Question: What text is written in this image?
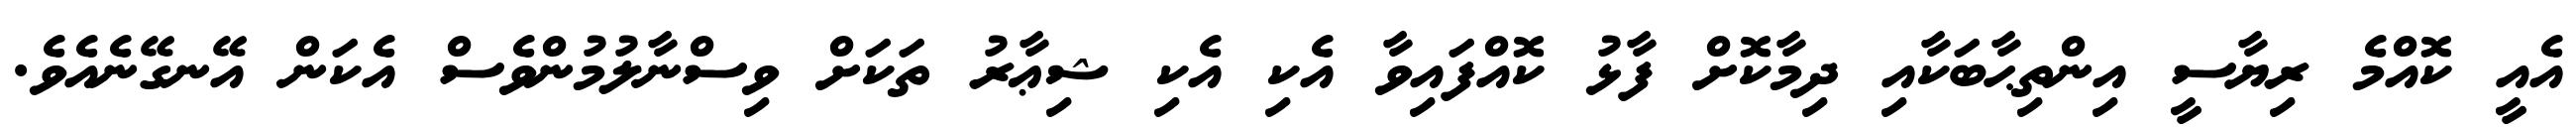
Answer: އެއީ ކޮއްމެ ރިޔާސީ އިންތިޙާބަކާއި ދިމާކޮށް ފާޅު ކޮއްފައިވާ އެކި އެކި ޝިޢާރު ތަކަށް ވިސްނާލުމުންވެސް އެކަން އޭނގޭނެއެވެ.